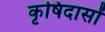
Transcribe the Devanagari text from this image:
कृषिदासों